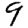
Digit: 9